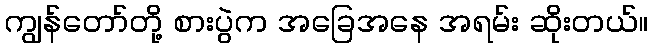
ကျွန်တော်တို့ စားပွဲက အခြေအနေ အရမ်း ဆိုးတယ်။